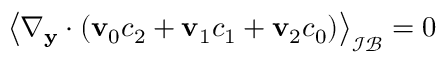
\left\langle \nabla _ { \mathbf y } \cdot ( \mathbf v _ { 0 } c _ { 2 } + \mathbf v _ { 1 } c _ { 1 } + \mathbf v _ { 2 } c _ { 0 } ) \right\rangle _ { \mathcal { I B } } = 0